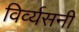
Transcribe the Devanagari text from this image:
विर्व्यसनी